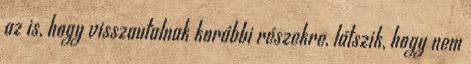
az is, hogy visszautalnak korábbi részekre, látszik, hogy nem